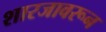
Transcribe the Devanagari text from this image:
शारजावरून